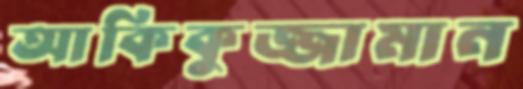
আকিকুজ্জামান